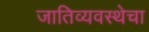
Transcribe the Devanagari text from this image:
जातिव्यवस्थेचा